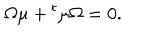
LaTeX: \Omega \mu + { } ^ { t } \mu \Omega = 0 .